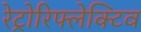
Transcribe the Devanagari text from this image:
रेट्रोरिफ्लेक्टिव